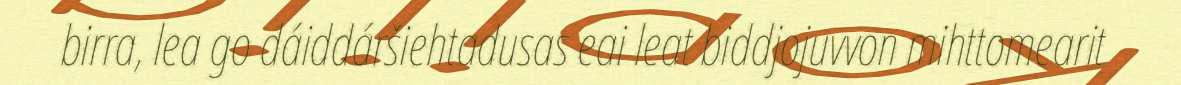
birra, lea go dáiddáršiehtadusas eai leat biddjojuvvon mihttomearit